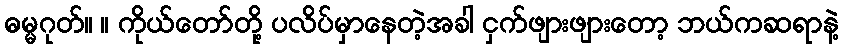
ဓမ္မဂုတ်။ ။ ကိုယ်တော်တို့ ပလိပ်မှာနေတဲ့အခါ ငှက်ဖျားဖျားတော့ ဘယ်ကဆရာနဲ့